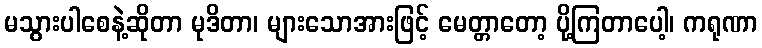
မသွားပါစေနဲ့ဆိုတာ မုဒိတာ၊ များသောအားဖြင့် မေတ္တာတော့ ပို့ကြတာပေါ့၊ ကရုဏာ